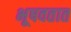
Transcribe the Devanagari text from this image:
भूषवतात